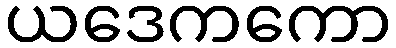
ယဒေကကော